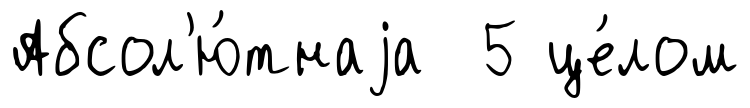
Абсол'ю́тнаjа 5 це́лом